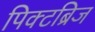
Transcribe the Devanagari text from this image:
पिक्टब्रिज